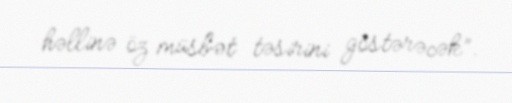
həllinə öz müsbət təsirini göstərəcək”.